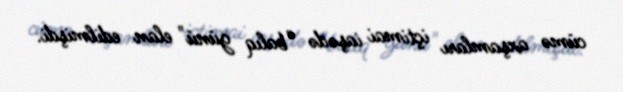
cümə axşamları içtimai iaşədə "balıq günü" elan edilmişdi.